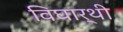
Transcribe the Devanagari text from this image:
विघार्थी